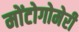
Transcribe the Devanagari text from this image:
मोंटोगोमेरी